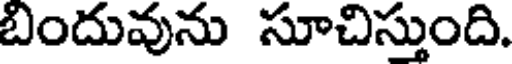
బిందువును సూచిస్తుంది.